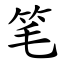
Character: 笔